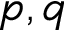
p , q